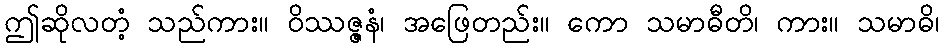
ဤဆိုလတံ့ သည်ကား။ ဝိဿဇ္ဇနံ၊ အဖြေတည်း။ ကော သမာဓီတိ၊ ကား။ သမာဓိ၊